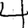
Digit: 4